Vaccination report Assam 1896-1927 - 1896-1927
Year: 1896
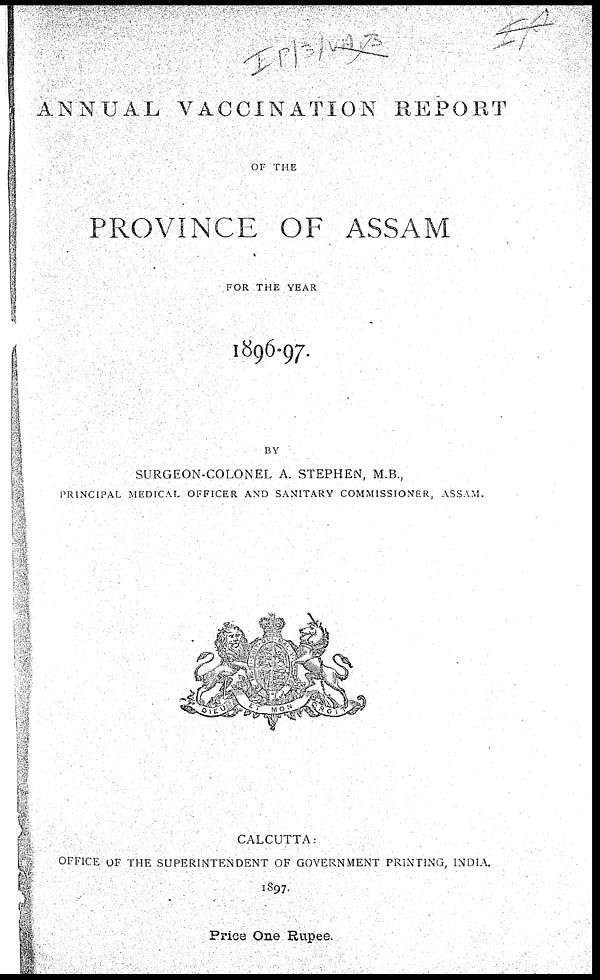
ANNUAL VACCINATION REPORT
OF THE
PROVINCE OF ASSAM
FOR THE YEAR
1896-97.
BY
SURGEON-COLONEL A. STEPHEN, M.B.,
PRINCIPAL MEDICAL OFFICER AND SANITARY COMMISSIONER, ASSAM.
CALCUTTA:
OFFICE OF THE SUPERINTENDENT OF GOVERNMENT PRINTING, INDIA.
1897.
Price One Rupee.